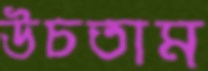
উচতাম